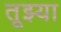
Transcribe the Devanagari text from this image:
तूझ्या